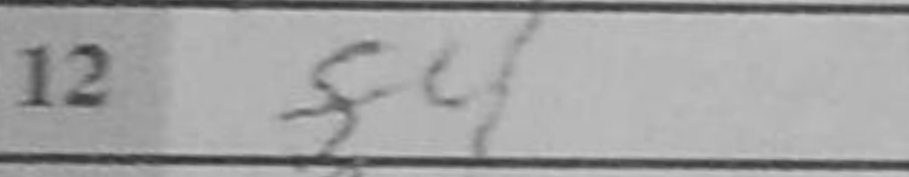
Transcription: f4